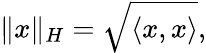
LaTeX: \| x\| _{H}={\sqrt{\langle x,x\rangle}},